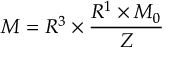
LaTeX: { \cal M } = R ^ { 3 } \times { \frac { R ^ { 1 } \times { \cal M } _ { 0 } } { Z } }